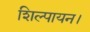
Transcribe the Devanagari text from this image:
शिल्पायन।